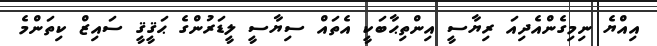
އިއްޔެ ނިމިގެންއެދިއަ ރިޔާސީ އިންތިޙާބަކީ އެތައް ސިޔާސީ ލީޑަރުންގެ ޙަޤީޤީ ސައިޒް ކިތަންމެ